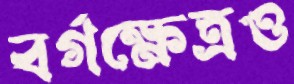
বর্গক্ষেত্রও